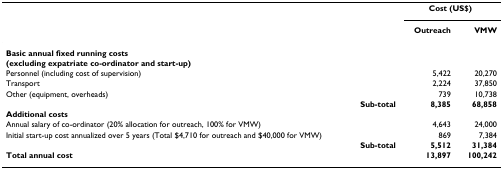
|  | <COLSPAN=2> Cost (US$) |
 |  | Outreach | VMW |
 | --- | --- | --- |
 | Basic annual fixed running costs |  |  |
 | (excluding expatriate co-ordinator and start-up) |  |  |
 | Personnel (including cost of supervision) | 5,422 | 20,270 |
 | Transport | 2,224 | 37,850 |
 | Other (equipment, overheads) | 739 | 10,738 |
 | Sub-total | 8,385 | 68,858 |
 | Additional costs |  |  |
 | Annual salary of co-ordinator (20% allocation for outreach, 100% for VMW) | 4,643 | 24,000 |
 | Initial start-up cost annualized over 5 years (Total $4,710 for outreach and $40,000 for VMW) | 869 | 7,384 |
 | Sub-total | 5,512 | 31,384 |
 | Total annual cost | 13,897 | 100,242 |